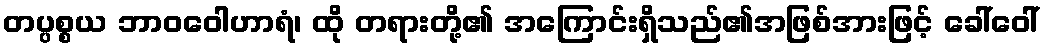
တပ္ပစ္စယ ဘာဝဝေါဟာရံ၊ ထို တရားတို့၏ အကြောင်းရှိသည်၏အဖြစ်အားဖြင့် ခေါ်ဝေါ်